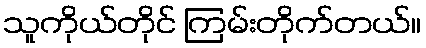
သူကိုယ်တိုင် ကြမ်းတိုက်တယ်။